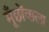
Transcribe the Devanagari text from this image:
मूँछोंवाला